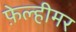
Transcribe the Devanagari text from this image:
फ़ेल्हीमर